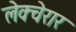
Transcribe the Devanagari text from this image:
लेक्चेरार